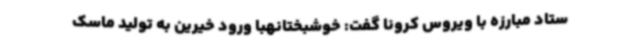
ستاد مبارزه با ویروس کرونا گفت: خوشبختانهبا ورود خیرین به تولید ماسک